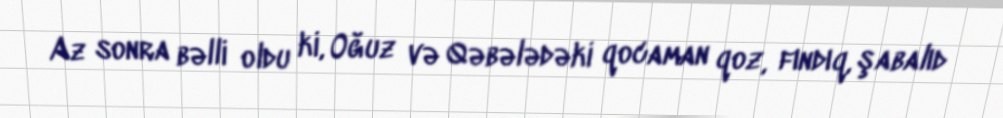
Az sonra bəlli oldu ki, Oğuz və Qəbələdəki qocaman qoz, fındıq, şabalıd